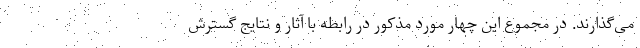
می‌گذارند. در مجموع این چهار مورد مذکور در رابطه با آثار و نتایج گسترش